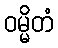
ဝမ္မိတံ